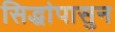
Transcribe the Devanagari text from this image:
सिद्धांपासुन